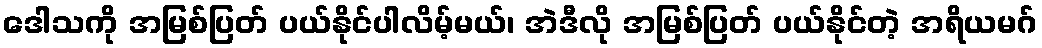
ဒေါသကို အမြစ်ပြတ် ပယ်နိုင်ပါလိမ့်မယ်၊ အဲဒီလို အမြစ်ပြတ် ပယ်နိုင်တဲ့ အရိယမဂ်